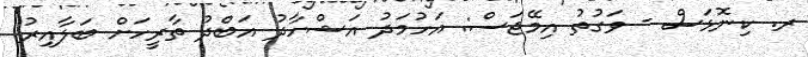
ރ. ކިނޮޅަސް - ވަގުތު އިމޭޖަސް: އަހުމަދު އަޝްހާދު އަބްދު ތާރީހަށް ބަލާއިރު